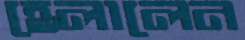
হেলালেন